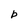
Character: b